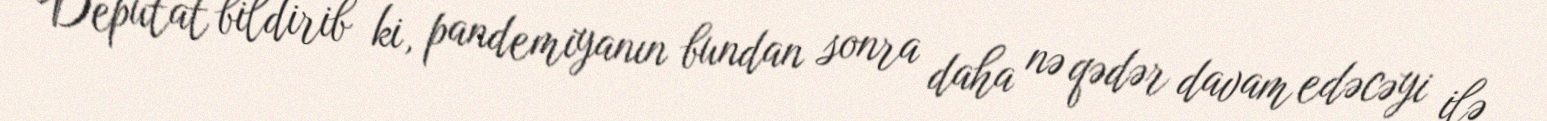
Deputat bildirib ki, pandemiyanın bundan sonra daha nə qədər davam edəcəyi ilə